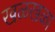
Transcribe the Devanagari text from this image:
खळखळा